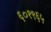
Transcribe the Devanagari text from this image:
६०१९६५